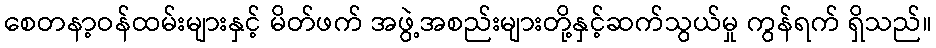
စေတနာ့ဝန်ထမ်းများနှင့် မိတ်ဖက် အဖွဲ့အစည်းများတို့နှင့်ဆက်သွယ်မှု ကွန်ရက် ရှိသည်။